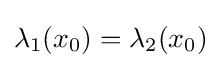
\lambda _{1}(x_{0})=\lambda _{2}(x_{0})